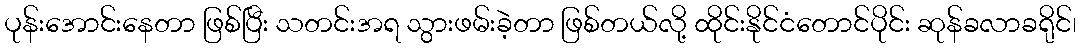
ပုန်းအောင်းနေတာ ဖြစ်ပြီး သတင်းအရ သွားဖမ်းခဲ့တာ ဖြစ်တယ်လို့ ထိုင်းနိုင်ငံတောင်ပိုင်း ဆုန်ခလာခရိုင်၊